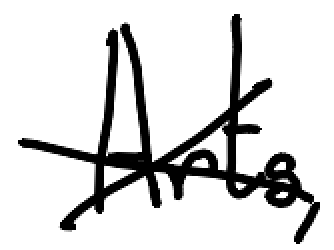
Text: Arts,
Cross-out: cross
Writing tool: digital_black